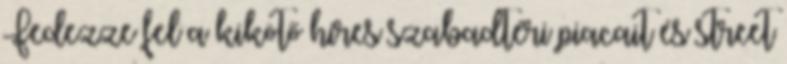
Fedezze fel a kikötő híres szabadtéri piacait és street